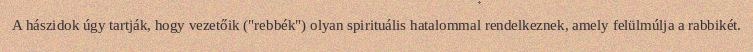
A hászidok úgy tartják, hogy vezetőik ("rebbék") olyan spirituális hatalommal rendelkeznek, amely felülmúlja a rabbikét.